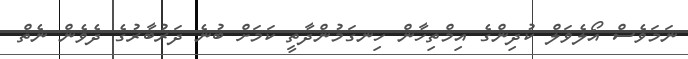
ނަމަވެސް އޯލެވަލް ކުދިންގެ އިމްތިހާން ހިނގަމުންދާތީ ކަމަށް ބުނެ ދަރުބާރުގެ ދެވެން ނެތް